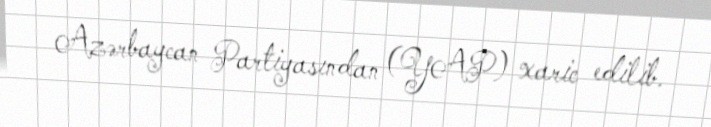
Azərbaycan Partiyasından (YAP) xaric edilib.